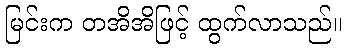
မြင်းက တအိအိဖြင့် ထွက်လာသည်။